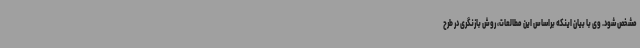
مشخص شود. وی با بیان اینکه براساس این مطالعات، روش بازنگری در طرح